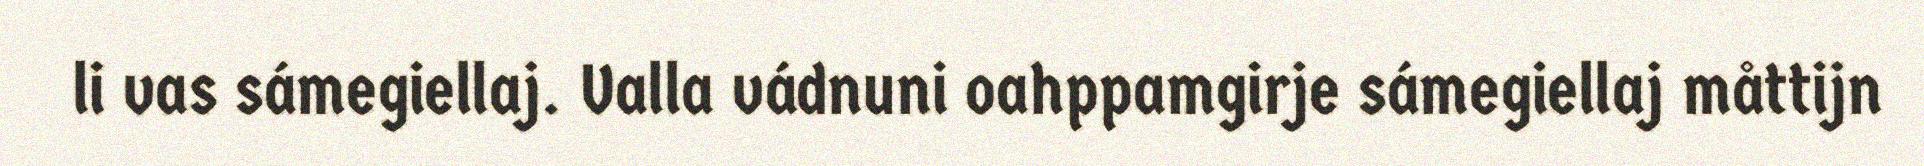
li vas sámegiellaj. Valla vádnuni oahppamgirje sámegiellaj måttijn